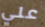
علي